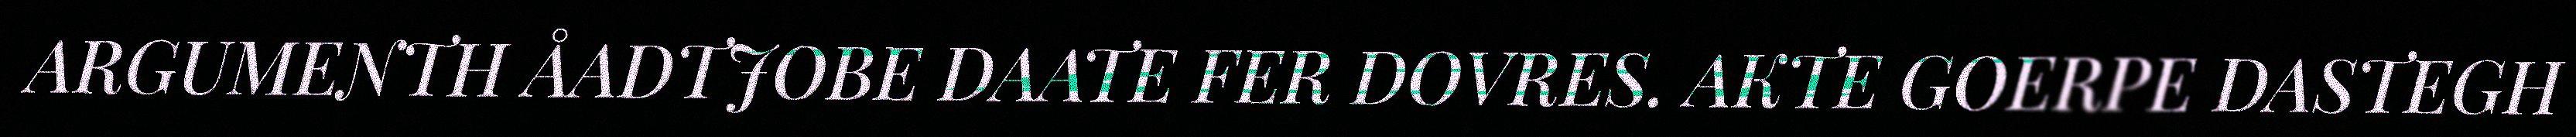
ARGUMENTH ÅADTJOBE DAATE FER DOVRES. AKTE GOERPE DASTEGH